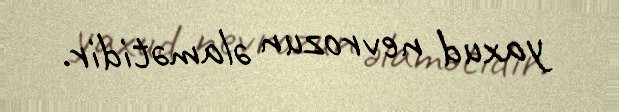
yaxud nevrozun əlamətidir.